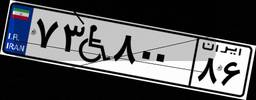
۷۳W۸۰۰۸۶